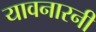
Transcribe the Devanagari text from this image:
यावनारनी